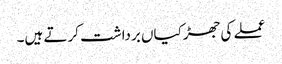
عملے کی جھڑکیاں برداشت کرتے ہیں۔